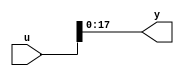
module controllerHdl_MATLAB_Function
          (
           u,
           y
          );
  input   [35:0] u;  
  output  [17:0] y;  
  assign y = u[17:0];
endmodule